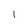
Character: l